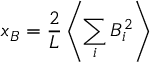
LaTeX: x _ { B } = \frac { 2 } { L } \left\langle \sum _ { i } B _ { i } ^ { 2 } \right\rangle